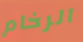
الرخام